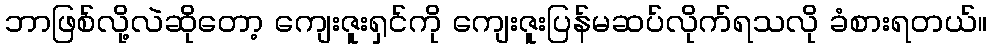
ဘာဖြစ်လို့လဲဆိုတော့ ကျေးဇူးရှင်ကို ကျေးဇူးပြန်မဆပ်လိုက်ရသလို ခံစားရတယ်။